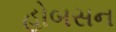
હોબસન